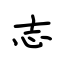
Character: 志